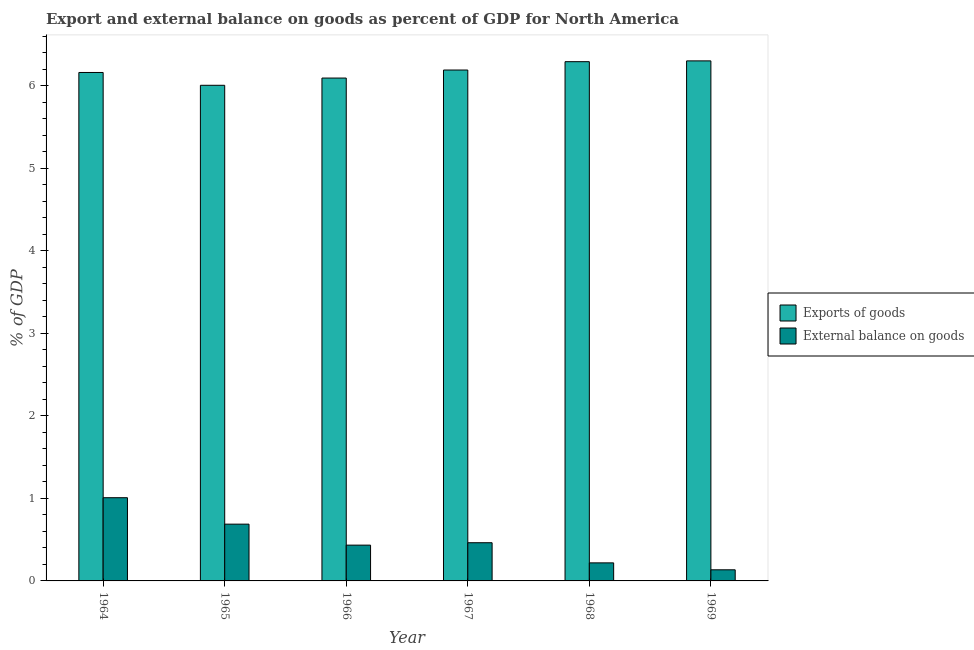
| Year | Exports of goods | External balance on goods |
 | --- | --- | --- |
 | 1964 | 6.16 | 1.01 |
 | 1965 | 6 | 0.688 |
 | 1966 | 6.09 | 0.434 |
 | 1967 | 6.19 | 0.463 |
 | 1968 | 6.29 | 0.219 |
 | 1969 | 6.3 | 0.135 |